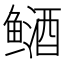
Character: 䲤